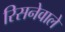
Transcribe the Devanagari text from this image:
रिसनेवाले